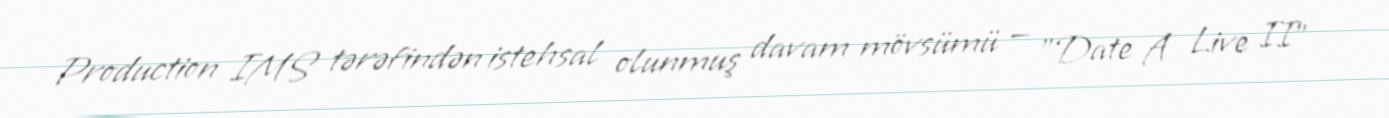
Production IMS tərəfindən istehsal olunmuş davam mövsümü — "Date A Live II"